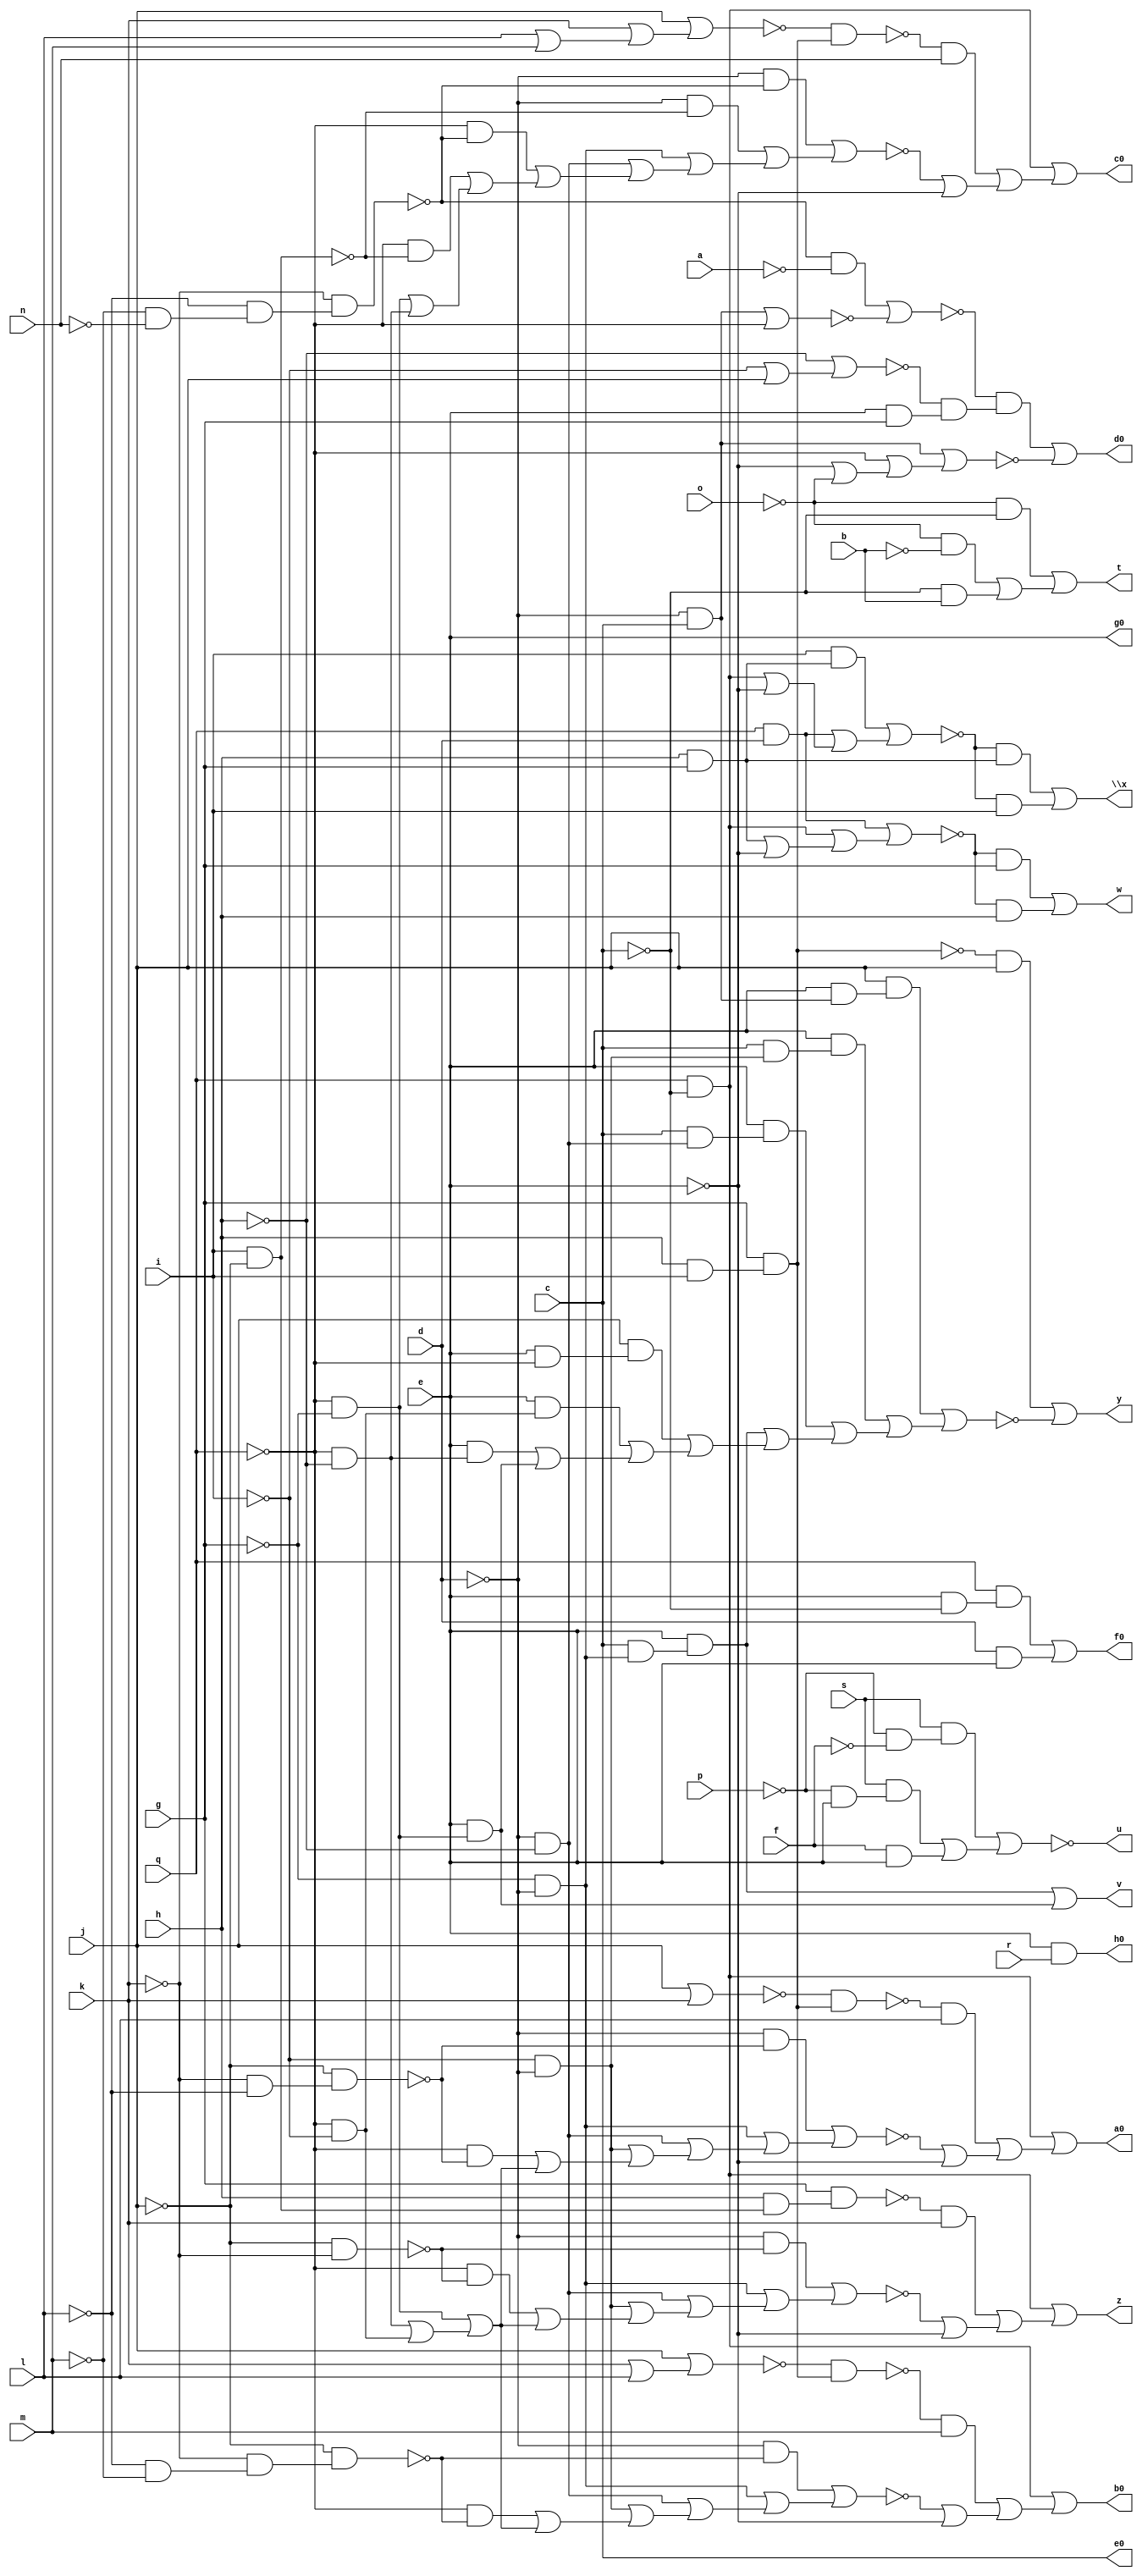
// IWLS benchmark module "sct" printed on Wed May 29 17:28:12 2002
module sct(a, b, c, d, e, f, g, h, i, j, k, l, m, n, o, p, q, r, s, t, u, v, w, \x , y, z, a0, b0, c0, d0, e0, f0, g0, h0);
input
  a,
  b,
  c,
  d,
  e,
  f,
  g,
  h,
  i,
  j,
  k,
  l,
  m,
  n,
  o,
  p,
  q,
  r,
  s;
output
  t,
  u,
  v,
  w,
  \x ,
  y,
  z,
  a0,
  b0,
  c0,
  d0,
  e0,
  f0,
  g0,
  h0;
wire
  k1,
  l2,
  \[14] ,
  m1,
  n1,
  o1,
  p1,
  r1,
  s1,
  \[0] ,
  a2,
  t1,
  \[1] ,
  b2,
  u1,
  \[2] ,
  c2,
  \[3] ,
  d1,
  d2,
  w1,
  \[4] ,
  e2,
  x1,
  \[5] ,
  f1,
  y1,
  \[6] ,
  g1,
  z0,
  z1,
  \[7] ,
  \[8] ,
  \[10] ,
  i1,
  \[9] ,
  j1,
  \[12] ;
assign
  k1 = ~j & ~k,
  l2 = (s & (~p & ~f)) | ((s & (~p & e)) | (f & e)),
  \[14]  = e & r,
  m1 = ~p1 & (g & (h & i)),
  n1 = (~d & ~o1) | ((~d & ~g) | ((~d & ~h) | ((~d & ~i) | ((~q & ~o1) | ((~q & ~g) | ((~q & ~h) | (~q & ~i))))))),
  o1 = ~j & (~k & ~l),
  p1 = j | k,
  r1 = ~u1 & (g & (h & i)),
  t = \[0] ,
  u = \[1] ,
  v = \[2] ,
  w = \[3] ,
  \x  = \[4] ,
  y = \[5] ,
  z = \[6] ,
  s1 = (~d & ~t1) | ((~d & ~g) | ((~d & ~h) | ((~d & ~i) | ((~q & ~t1) | ((~q & ~g) | ((~q & ~h) | (~q & ~i))))))),
  \[0]  = (~o & ~c) | ((~o & ~b) | (~c & b)),
  a0 = \[7] ,
  a2 = j | (k | (l | m)),
  t1 = ~j & (~k & (~l & ~m)),
  \[1]  = ~l2,
  b0 = \[8] ,
  b2 = ~h | (~i | j),
  u1 = j | (k | l),
  \[2]  = (e & (c & (~g & ~d))) | (e & (~q & ~g)),
  c0 = \[9] ,
  c2 = (~z1 & ~a) | ~e2,
  \[3]  = (~z0 & g) | (~z0 & h),
  d0 = \[10] ,
  d1 = (i & (h & g)) | ((q & d) | ((q & ~c) | ~e)),
  d2 = (~d & c) | (~q | (~e | ~o)),
  w1 = ~a2 & (g & (h & i)),
  \[4]  = (~d1 & (h & g)) | (~d1 & i),
  e0 = c,
  e2 = (~d & c) | ~q,
  x1 = (~d & ~z1) | ((~d & ~y1) | ((~d & ~g) | ((~d & ~h) | ((~q & ~z1) | ((~q & ~y1) | ((~q & ~g) | (~q & ~h))))))),
  \[5]  = (~f1 & j) | ~g1,
  f0 = \[12] ,
  f1 = g & (h & i),
  y1 = i & ~j,
  \[6]  = (~c & q) | ((~i1 & k) | (~j1 | ~e)),
  g0 = e,
  g1 = (j & (e & (c & ~d))) | ((e & (c & (~i & ~d))) | ((e & (c & (~h & ~d))) | ((e & (c & (~g & ~d))) | ((j & (e & ~q)) | ((e & (~q & ~i)) | ((e & (~q & ~h)) | (e & (~q & ~g)))))))),
  z0 = (q & d) | ((q & ~c) | ((h & g) | ~e)),
  z1 = ~k & (~l & (~m & ~n)),
  \[7]  = (~c & q) | ((~m1 & l) | (~n1 | ~e)),
  h0 = \[14] ,
  \[8]  = (~c & q) | ((~r1 & m) | (~s1 | ~e)),
  \[10]  = (~c2 & (~b2 & (e & g))) | ~d2,
  i1 = g & (h & (i & ~j)),
  \[9]  = (~c & q) | ((~w1 & n) | (~x1 | ~e)),
  j1 = (~d & ~k1) | ((~d & ~g) | ((~d & ~h) | ((~d & ~i) | ((~q & ~k1) | ((~q & ~g) | ((~q & ~h) | (~q & ~i))))))),
  \[12]  = (q & (e & ~c)) | (d & e);
endmodule